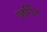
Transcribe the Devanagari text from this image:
व्हर्गिज